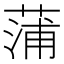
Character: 蒲